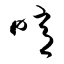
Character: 噫